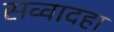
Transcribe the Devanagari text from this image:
सव्वादहा